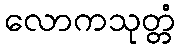
လောကသုတ္တံ